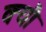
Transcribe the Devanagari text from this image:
क्यौ